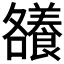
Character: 𮊶